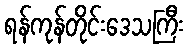
ရန်ကုန်တိုင်းဒေသကြီး